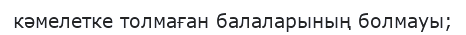
кәмелетке толмаған балаларының болмауы;